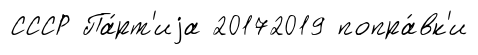
СССР Па́рт'иjа 20172019 попра́вк'и